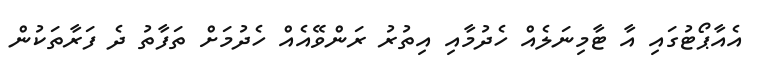
އެއާޕޯޓުގައި އާ ޓާމިނަލެއް ހެދުމާއި އިތުރު ރަންވޭއެއް ހެދުމަށް ތަފާތު ދެ ފަރާތަކުން